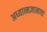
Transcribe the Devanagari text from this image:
अध्यात्मज्ञानाचा